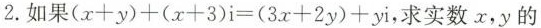
2.如果$$(x+y)+(x+3)i=(3x+2y)+yi$$，求实数x，y的